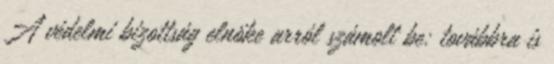
A védelmi bizottság elnöke arról számolt be: továbbra is